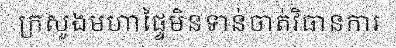
ក្រសួងមហាផ្ទៃមិនទាន់ចាត់វិធានការ